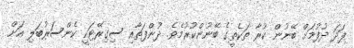
ފަދަ ދުފުމަށް ބޭނުން ކުރާ ތަކެތީގެ ބޭނުންކުރުމެވެ. ދުންފަތާއި ސިގިރޭޓަކީ ކެންސަރުބަލި އަށް